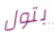
بتول